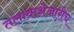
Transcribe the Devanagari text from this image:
तलावाशेजारीच